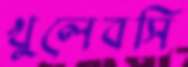
খুলেবসি